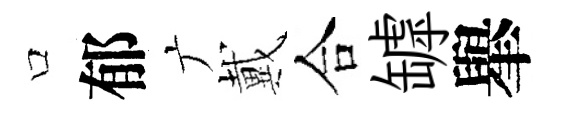
口郁广戴合罅𦦙